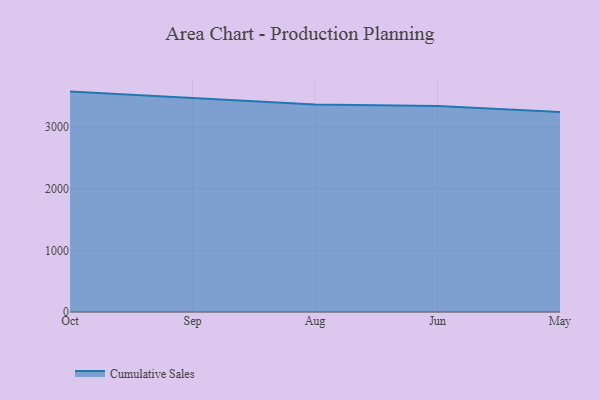
{"axis": {"x": "Month", "y": "Conversion Rate (%)"}, "legend": ["Cumulative Sales"], "data": [{"x": "Oct", "y": 3576.9, "type": "Cumulative Sales"}, {"x": "Sep", "y": 3466.9, "type": "Cumulative Sales"}, {"x": "Aug", "y": 3366.8, "type": "Cumulative Sales"}, {"x": "Jun", "y": 3341.3, "type": "Cumulative Sales"}, {"x": "May", "y": 3245.1, "type": "Cumulative Sales"}]}